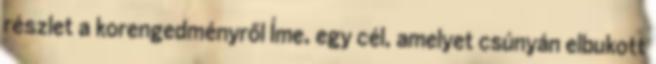
részlet a korengedményről Íme, egy cél, amelyet csúnyán elbukott